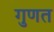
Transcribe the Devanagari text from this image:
गुणत